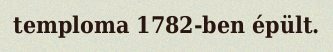
temploma 1782-ben épült.